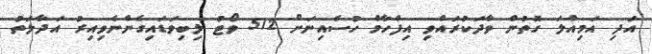
އަދި އަމިއްލަ ގޮތުން ވާދަކުރައްވި އިފްހާމް ހުސެއިނަށް 512 ވޯޓު ލިބިވަޑައިގެންނެވިއިރު އަދާލަތު